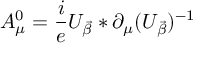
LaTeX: A _ { \mu } ^ { 0 } = \frac { i } { e } U _ { \vec { \beta } } * \partial _ { \mu } ( U _ { \vec { \beta } } ) ^ { - 1 }